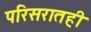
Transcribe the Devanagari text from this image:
परिसरातही